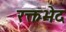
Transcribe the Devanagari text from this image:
रक्तभेद